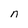
Character: n